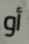
أو